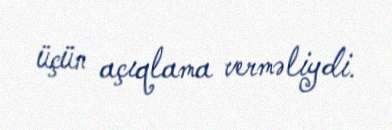
üçün açıqlama verməliydi.